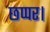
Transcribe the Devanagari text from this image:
छप्पर।